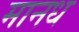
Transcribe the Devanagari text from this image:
मानध